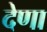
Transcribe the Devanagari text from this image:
देणा